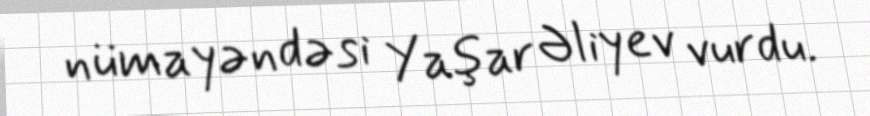
nümayəndəsi Yaşar Əliyev vurdu.